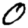
Digit: 0